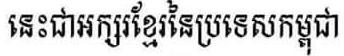
នេះជាអក្សរខ្មែរនៃប្រទេសកម្ពុជា